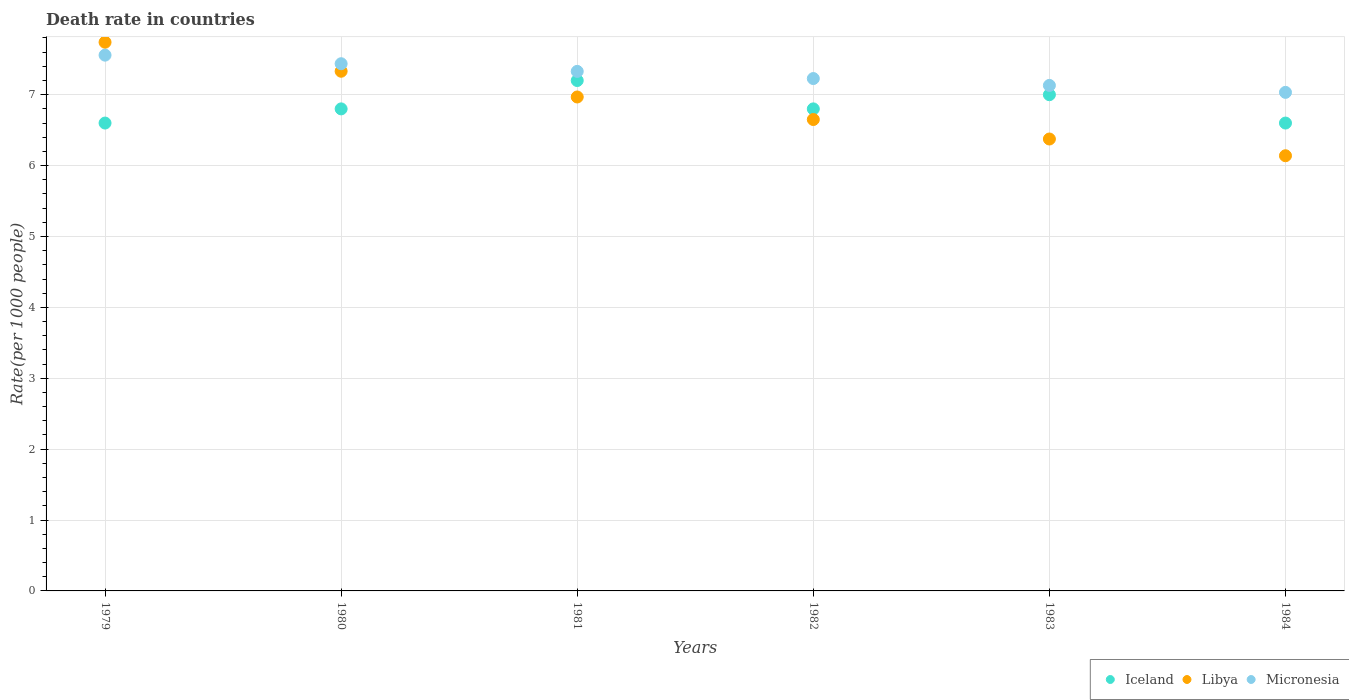
| Years | Iceland | Libya | Micronesia |
 | --- | --- | --- | --- |
 | 1979 | 6.6 | 7.74 | 7.56 |
 | 1980 | 6.8 | 7.33 | 7.44 |
 | 1981 | 7.2 | 6.97 | 7.33 |
 | 1982 | 6.8 | 6.65 | 7.23 |
 | 1983 | 7 | 6.38 | 7.13 |
 | 1984 | 6.6 | 6.14 | 7.03 |